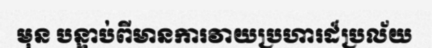
មុន បន្ទាប់ពីមានការវាយប្រហារដ៏ប្រល័យ